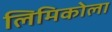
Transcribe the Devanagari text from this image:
लिमिकोला